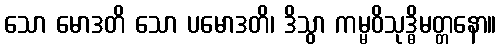
သော မောဒတိ သော ပမောဒတိ၊ ဒိသွာ ကမ္မဝိသုဒ္ဓိမတ္တနော။